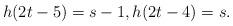
LaTeX: \begin{align*}h(2t-5)=s-1, h(2t-4)=s.\end{align*}